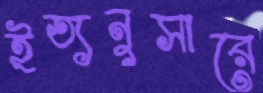
ইত্যনুসারে